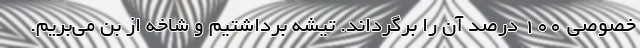
خصوصی 100 درصد آن را برگرداند. تیشه برداشتیم و شاخه از بن می‌بریم.